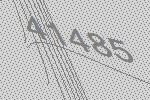
41485